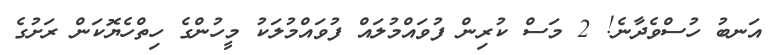
އަނބު ހުސްވެދާނެ! 2 މަސް ކުރިން ފުވައްމުލައް ފުވައްމުލަކު މީހުންގެ ހިތްހެޔޮކަން ރަށުގެ